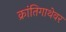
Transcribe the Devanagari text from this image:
क्रांतिगाथेवर